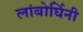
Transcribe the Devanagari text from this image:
लांबोर्घिनी